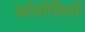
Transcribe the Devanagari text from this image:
फ़्राँसीसियों